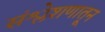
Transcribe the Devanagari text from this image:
संश्लेशणातून